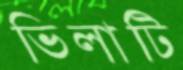
ভিলাটি